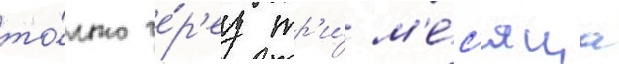
то́лько че́р'ез тр'и́ м'е́с'яца